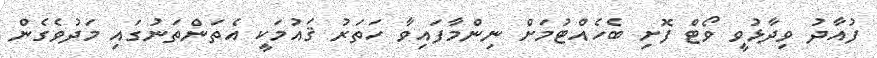
ފުއާދު ވިދާޅުވީ ވޯޓް ފޮށި ބެހެއްޓުމަށް ނިންމާފައިވާ ހަތަރު ޤައުމަކީ އެތަންތަނުގައި މަދުވެގެން